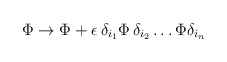
\begin{align*}\Phi \rightarrow \Phi + \epsilon \,\delta_{i_1} \Phi\, \delta_{i_2} \ldots \Phi \delta_{i_n}\end{align*}